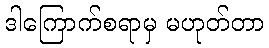
ဒါကြောက်စရာမှ မဟုတ်တာ